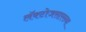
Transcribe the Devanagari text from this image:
लॅक्टोजसारख्या